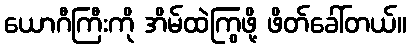
ယောဂီကြီးကို အိမ်ထဲကြွဖို့ ဖိတ်ခေါ်တယ်။